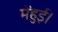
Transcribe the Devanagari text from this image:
मेंहुई।